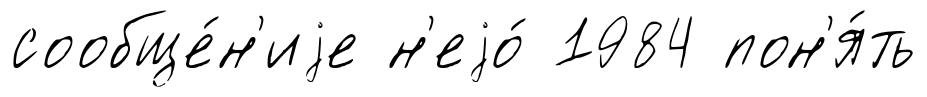
сообще́н'иjе н'еjо́ 1984 пон'я́ть